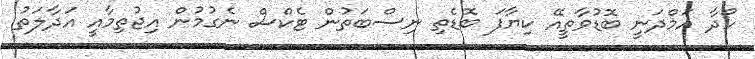
ހޯދާ އަމްދަނީ ބޮޑުވާތީއޭ ކިޔާފަ ބޮޑެތި ނިސްބަތުން ޓެކްސް ނެގުމުން އިޖުތިމާއީ އަދާލަތު